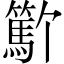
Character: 𬕳